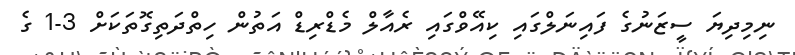
ނިމިދިޔަ ސީޒަނުގެ ފައިނަލްގައި ކިއޭވްގައި ރެއާލް މެޑްރިޑް އަތުން ހިތްދަތިގޮތަކަށް 3-1 ގެ